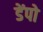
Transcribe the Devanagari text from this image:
डेंपो